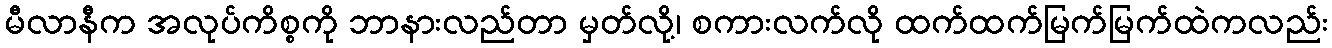
မီလာနီက အလုပ်ကိစ္စကို ဘာနားလည်တာ မှတ်လို့၊ စကားလက်လို ထက်ထက်မြက်မြက်ထဲကလည်း